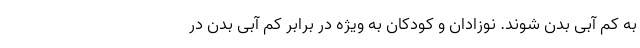
به کم آبی بدن شوند. نوزادان و کودکان به ویژه در برابر کم آبی بدن در